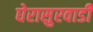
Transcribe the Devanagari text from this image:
घेरासुरवाडी